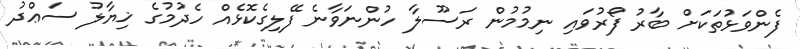
ފެންވަޅުތަކަށް ބާރު ފޯރުވައި ނިމުމުން ރަސޫލާ ހުންނަވާނެ ފޭލިގެކޮޅެއް ހެދުމުގެ ޚިޔާލު ސަޢްދު